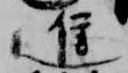
進